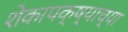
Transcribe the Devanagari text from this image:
शेकापक्ष्याच्या